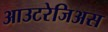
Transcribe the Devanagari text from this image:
आउटरेजिअस